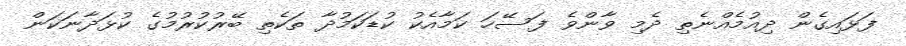
ފަޅައިގެން ދިއުމެއްނެތި ދެމި ވާންވެ ފަސޭހަ ކަމާއެކު ކުޑަކަމުދާ ތަކެތި ބޭރުކުރުމުގެ ކުޅަދާނަކަން